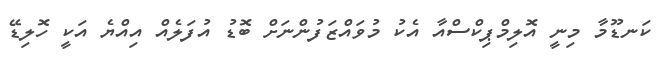
ކަނޑޫމާ މިނީ އޮލިމްޕިކްސްއާ އެކު މުވައްޒަފުންނަށް ބޮޑު އުފަލެއް އިއްޔެ އަކީ ހޮލިޑޭ